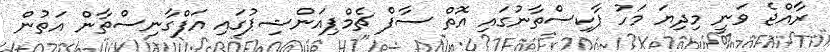
ރާއްޖެ ވަނީ މިދިޔަ މަހު ޕާކިސްތާނުގައި އޮތް ސާފް ޗެމްޕިއަންޝިޕުގައި އަފްގާނިސްތާން އަތުން